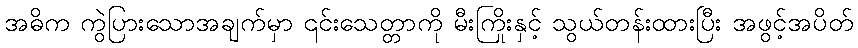
အဓိက ကွဲပြားသောအချက်မှာ ၎င်းသေတ္တာကို မီးကြိုးနှင့် သွယ်တန်းထားပြီး အဖွင့်အပိတ်